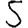
Digit: 5